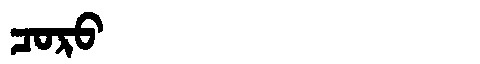
Manchu: ᠴᠣᡵᠣ
Romanization: CORO